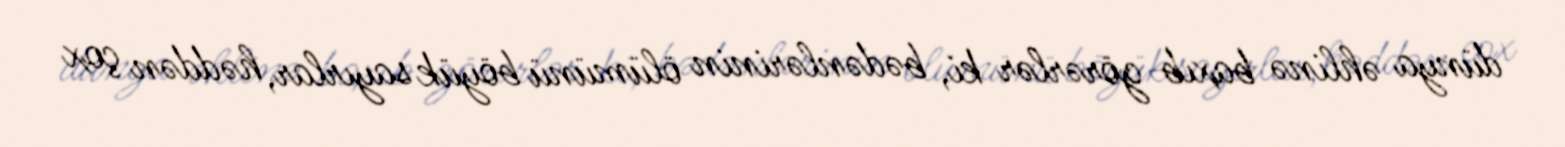
dünya əhlinə baxıb görərlər ki, bədənlərinin ölümünü böyük sayırlar, həddən çox